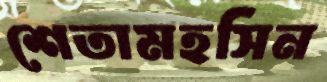
শেতামহসিন